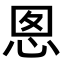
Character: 𭜪